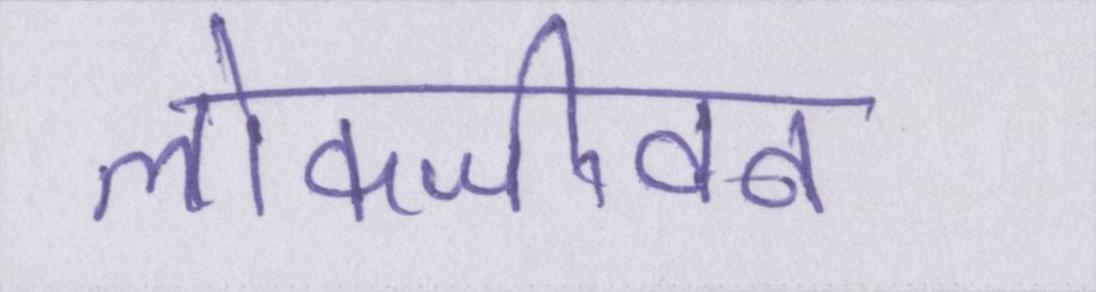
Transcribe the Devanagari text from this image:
लोकजीवन